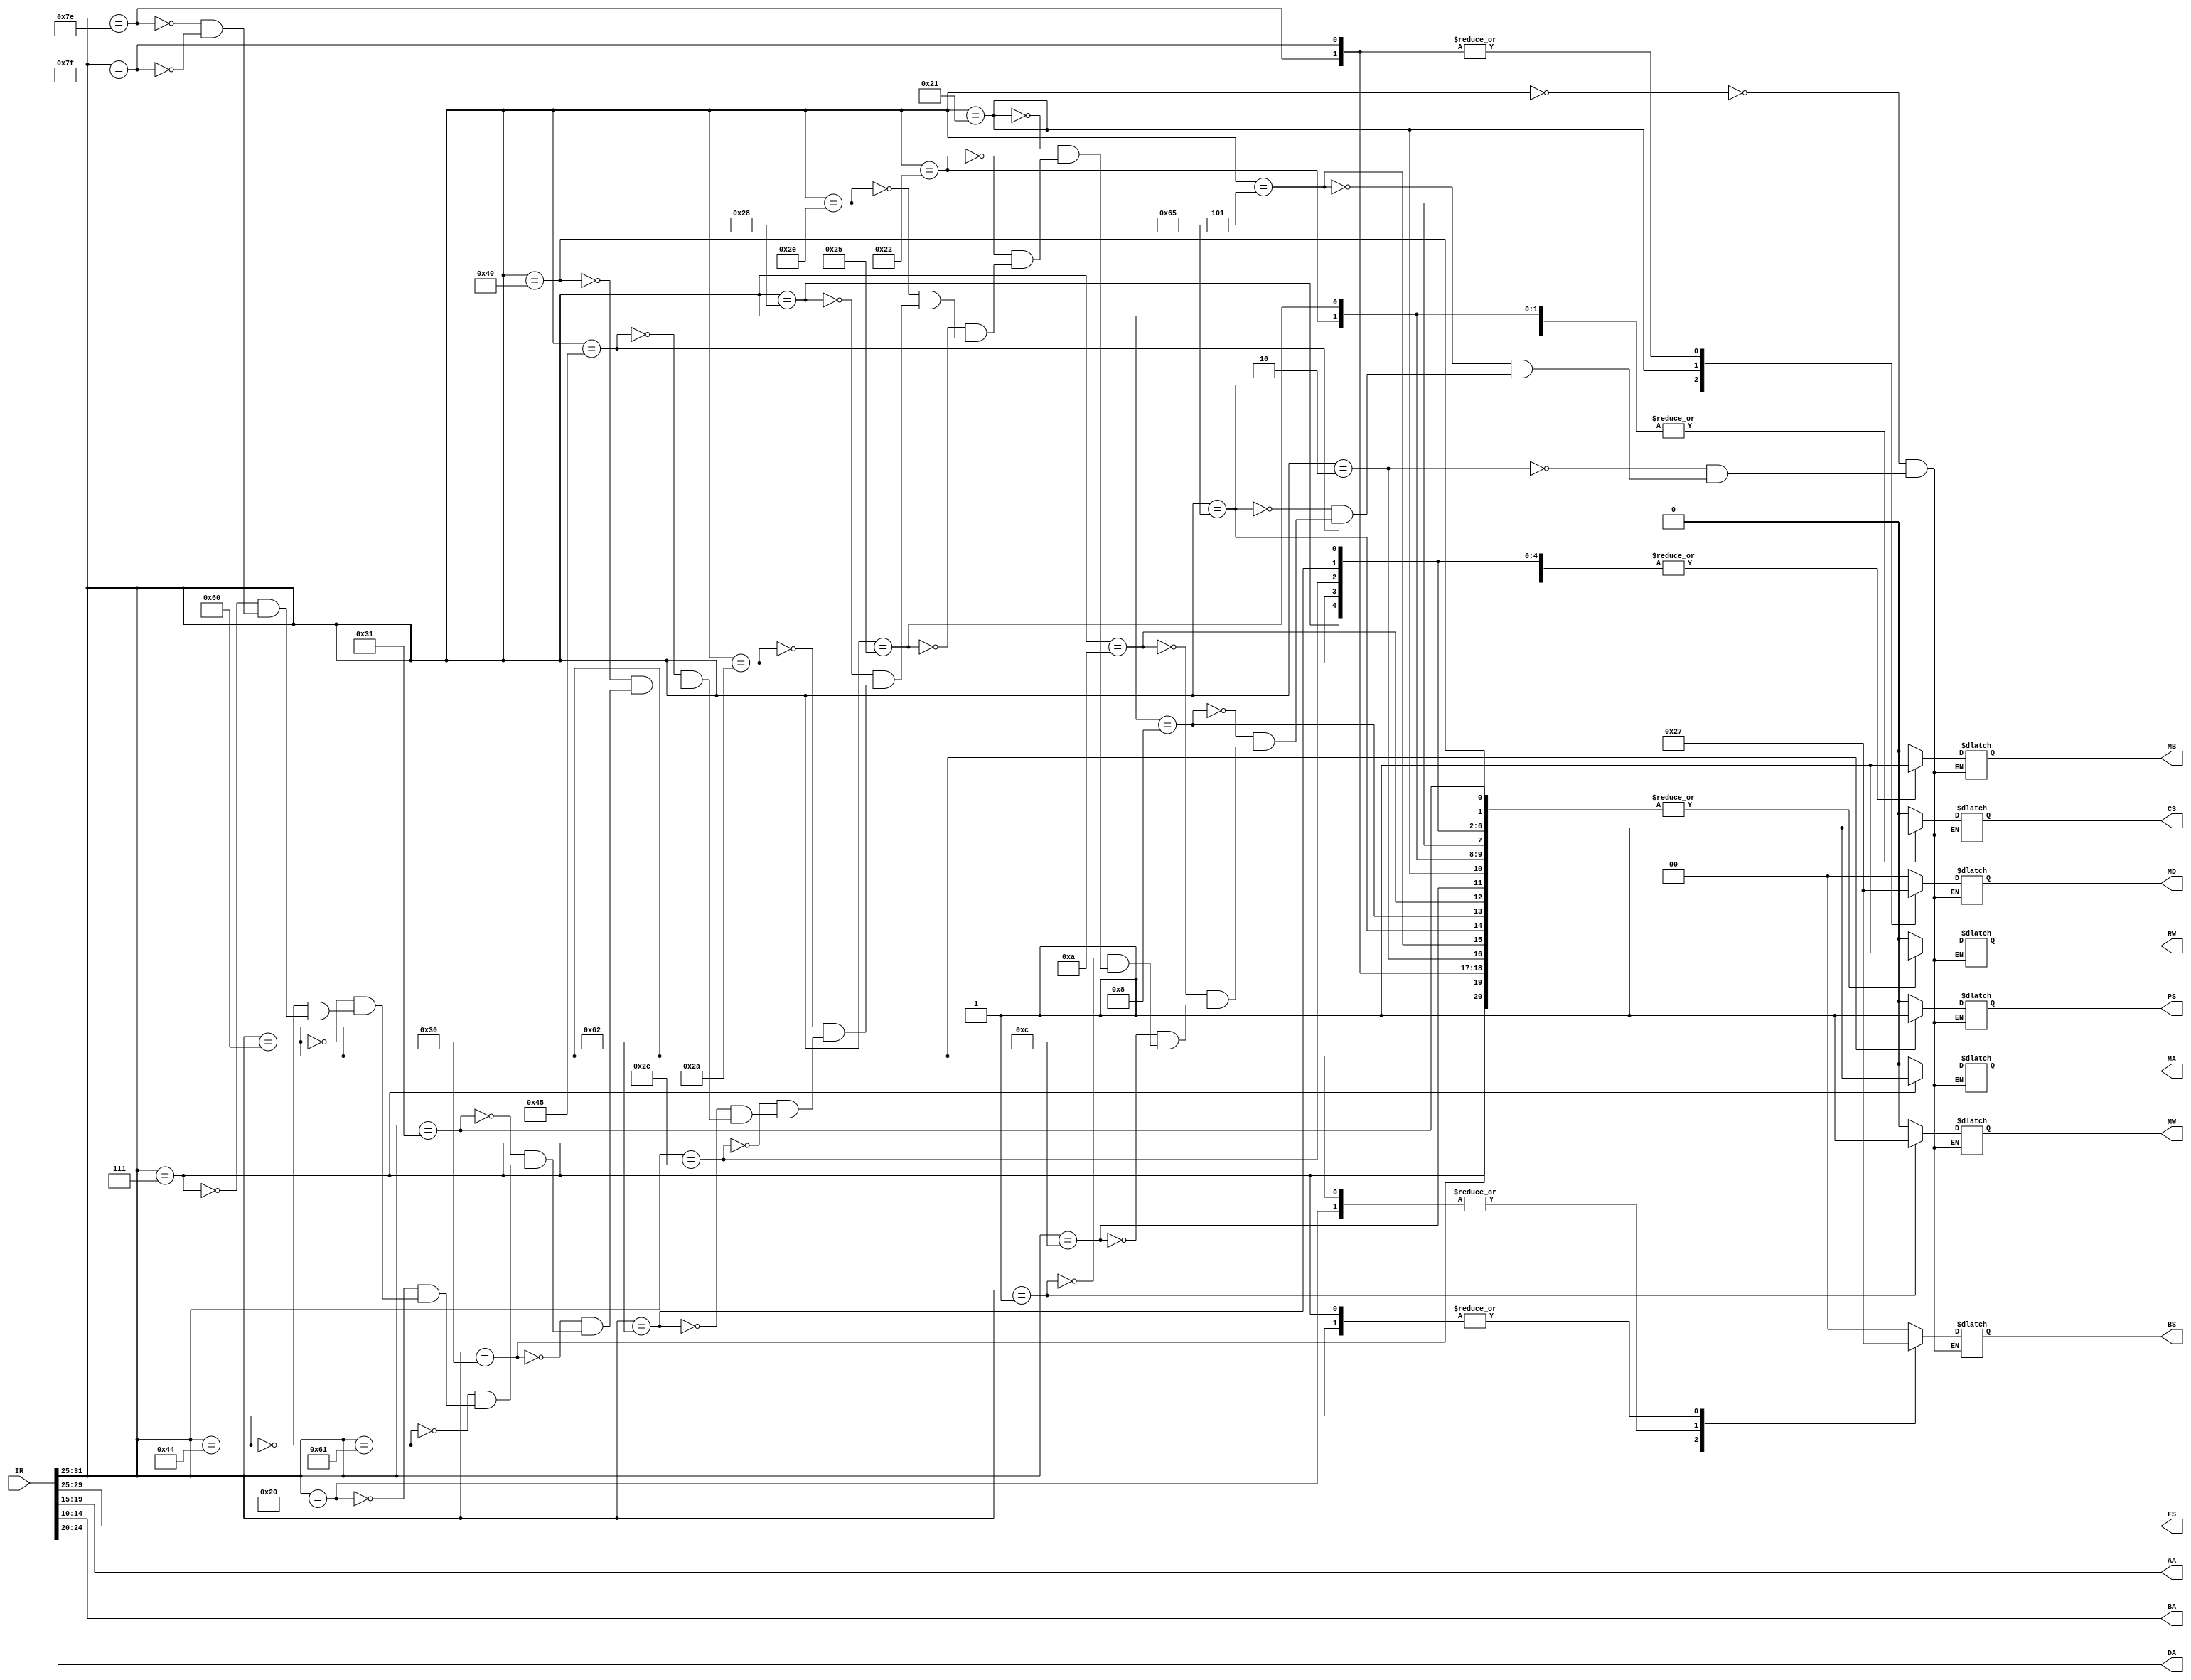
`timescale 1ns / 1ps

module Instruction_decoder(
							//input [1:0] MM,
							//input [2:0] MR,
							input [31:0] IR,	// instructions programmed in
							// IO
							output reg RW, PS, MA, MB, CS, MW,
							output reg [4:0] FS, AA, BA, DA,
							output reg [1:0] MD, BS // 30 bits output, because SH (5 bits) comes straight from IR
							);

localparam NOP = 7'b0000000; 
localparam ADD = 7'b0000010; //1-
localparam SUB = 7'b0000101; //2--
localparam SLT = 7'b1100101; //2--
localparam AND = 7'b0001000; //3---
localparam OR = 7'b0001010;  //4----
localparam XOR = 7'b0001100; //5-----
localparam ST = 7'b0000001;
localparam LD = 7'b0100001;
localparam ADI = 7'b0100010; //1-
localparam SBI = 7'b0100101; //2--
localparam NOT = 7'b0101110;
localparam ANI = 7'b0101000; //3---
localparam ORI = 7'b0101010; //4----
localparam XRI = 7'b0101100; //5-----
localparam AIU = 7'b1100010; //1-
localparam SIU = 7'b1000101; //2--
localparam MOV = 7'b1000000; //6------
localparam LSL = 7'b0110000;
localparam LSR = 7'b0110001;
localparam JMR = 7'b1100001;
localparam BZ = 7'b0100000;  //6------
localparam BNZ = 7'b1100000; //6------
localparam JMP = 7'b1000100;
localparam JML = 7'b0000111;

localparam MUL = 7'b1111110;
localparam MUI = 7'b1111111;

// op code + control words = 22 bits
// op code = 7-bits
// control words = 15-bits

// total output must be 35-bits:
//RW = 1bit,	DA = 5bit,	MD = 2bit,	BS = 2bit,	PS = 1bit,	MW = 1bit, 	FS = 5bit,	SH = 5bit,	MA = 1bit,	MB = 1bit, 	AA = 5bit,	BA = 5bit,	CS = 1bit
//ReadWrite,	DestAddr,	MuxD,		TopPhase,	Polarity,	MemWrite,	ALU code,	Shifter,	MuxA,		MuxB,		AddressA,	AddressB,	Constant Select

always@(*) begin
	FS = IR[29:25];	// won't care about few cases not cared
	DA = IR[24:20];
	BA = IR[14:10];
	AA = IR[19:15];
	case(IR[31:25])	// 7MSB's of instructions
		NOP:
			{RW, MD, BS, PS, MW, MB, MA, CS} = 10'b0000000000;
		ADD:
			{RW, MD, BS, PS, MW, MB, MA, CS} = 10'b1000000000;
		SUB:
			{RW, MD, BS, PS, MW, MB, MA, CS} = 10'b1000000000;
		SLT:
			{RW, MD, BS, PS, MW, MB, MA, CS} = 10'b1100000000;
		AND:
			{RW, MD, BS, PS, MW, MB, MA, CS} = 10'b1000000000;
		OR:
			{RW, MD, BS, PS, MW, MB, MA, CS} = 10'b1000000000;
		XOR:
			{RW, MD, BS, PS, MW, MB, MA, CS} = 10'b1000000000;
		ST:
			{RW, MD, BS, PS, MW, MB, MA, CS} = 10'b0000001000;
		LD:
			{RW, MD, BS, PS, MW, MB, MA, CS} = 10'b1010000000;
		ADI:
			{RW, MD, BS, PS, MW, MB, MA, CS} = 10'b1000000101;
		SBI:
			{RW, MD, BS, PS, MW, MB, MA, CS} = 10'b1000000101;
		NOT:
			{RW, MD, BS, PS, MW, MB, MA, CS} = 10'b1000000000;
		ANI:
			{RW, MD, BS, PS, MW, MB, MA, CS} = 10'b1000000100;
		ORI:
			{RW, MD, BS, PS, MW, MB, MA, CS} = 10'b1000000100;
		XRI:
			{RW, MD, BS, PS, MW, MB, MA, CS} = 10'b1000000100;
		AIU:
			{RW, MD, BS, PS, MW, MB, MA, CS} = 10'b1000000100;
		SIU:
			{RW, MD, BS, PS, MW, MB, MA, CS} = 10'b1000000100;
		MOV:
			{RW, MD, BS, PS, MW, MB, MA, CS} = 10'b1000000000;
		LSL:
			{RW, MD, BS, PS, MW, MB, MA, CS} = 10'b1000000000;
		LSR:
			{RW, MD, BS, PS, MW, MB, MA, CS} = 10'b1000000000;
		JMR:
			{RW, MD, BS, PS, MW, MB, MA, CS} = 10'b0001000000;
		BZ:
			{RW, MD, BS, PS, MW, MB, MA, CS} = 10'b0000100101;
		BNZ:
			{RW, MD, BS, PS, MW, MB, MA, CS} = 10'b0000110101;
		JMP:
			{RW, MD, BS, PS, MW, MB, MA, CS} = 10'b0001100101;
		JML:
			{RW, MD, BS, PS, MW, MB, MA, CS} = 10'b1001100111;
		MUL:
			{RW, MD, BS, PS, MW, MB, MA, CS} = 10'b1110000000; // RW, MD
		MUI:
			{RW, MD, BS, PS, MW, MB, MA, CS} = 10'b1110000101; // CS, MB, MD, RW
	endcase
end

endmodule